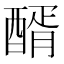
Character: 醑